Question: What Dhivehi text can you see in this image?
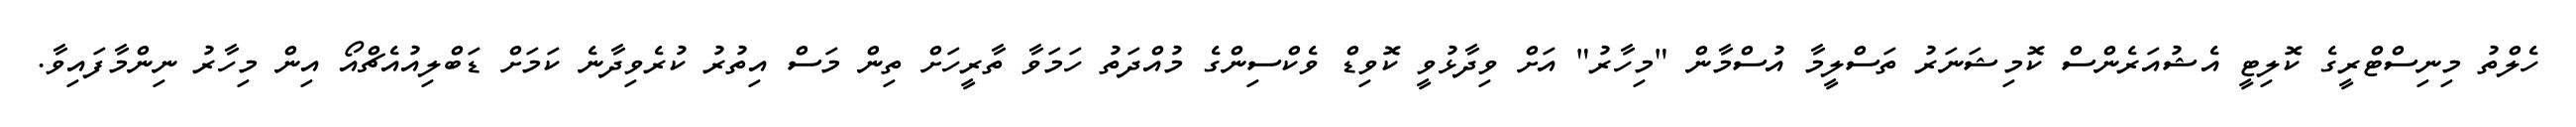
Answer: ހެލްތު މިނިސްޓްރީގެ ކޮލިޓީ އެޝުއަރެންސް ކޮމިޝަނަރު ތަސްލީމާ އުސްމާން "މިހާރު" އަށް ވިދާޅުވީ ކޮވިޑް ވެކްސިންގެ މުއްދަތު ހަމަވާ ތާރީހަށް ތިން މަސް އިތުރު ކުރެވިދާނެ ކަމަށް ޑަބްލިއުއެޗްއޯ އިން މިހާރު ނިންމާފައިވާ.